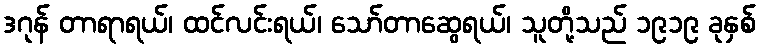
ဒဂုန် တာရာရယ်၊ ထင်လင်းရယ်၊ သော်တာဆွေရယ်၊ သူတို့သည် ၁၉၁၉ ခုနှစ်